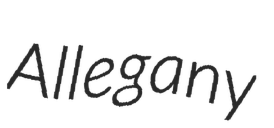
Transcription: Allegany